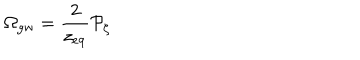
LaTeX: \Omega _ { \mathrm { g w } } = { \frac { 2 } { z _ { \mathrm { e q } } } } { \cal P } _ { \zeta }